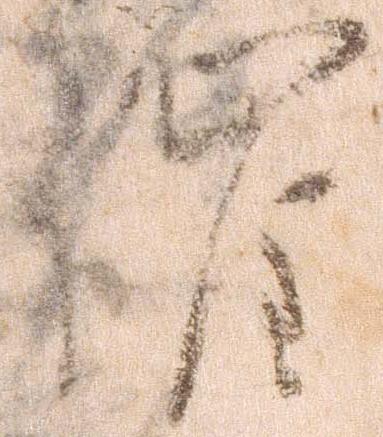
催